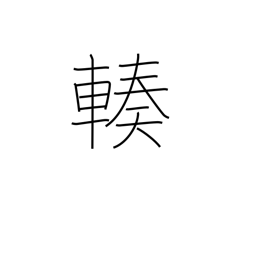
Meaning: gather